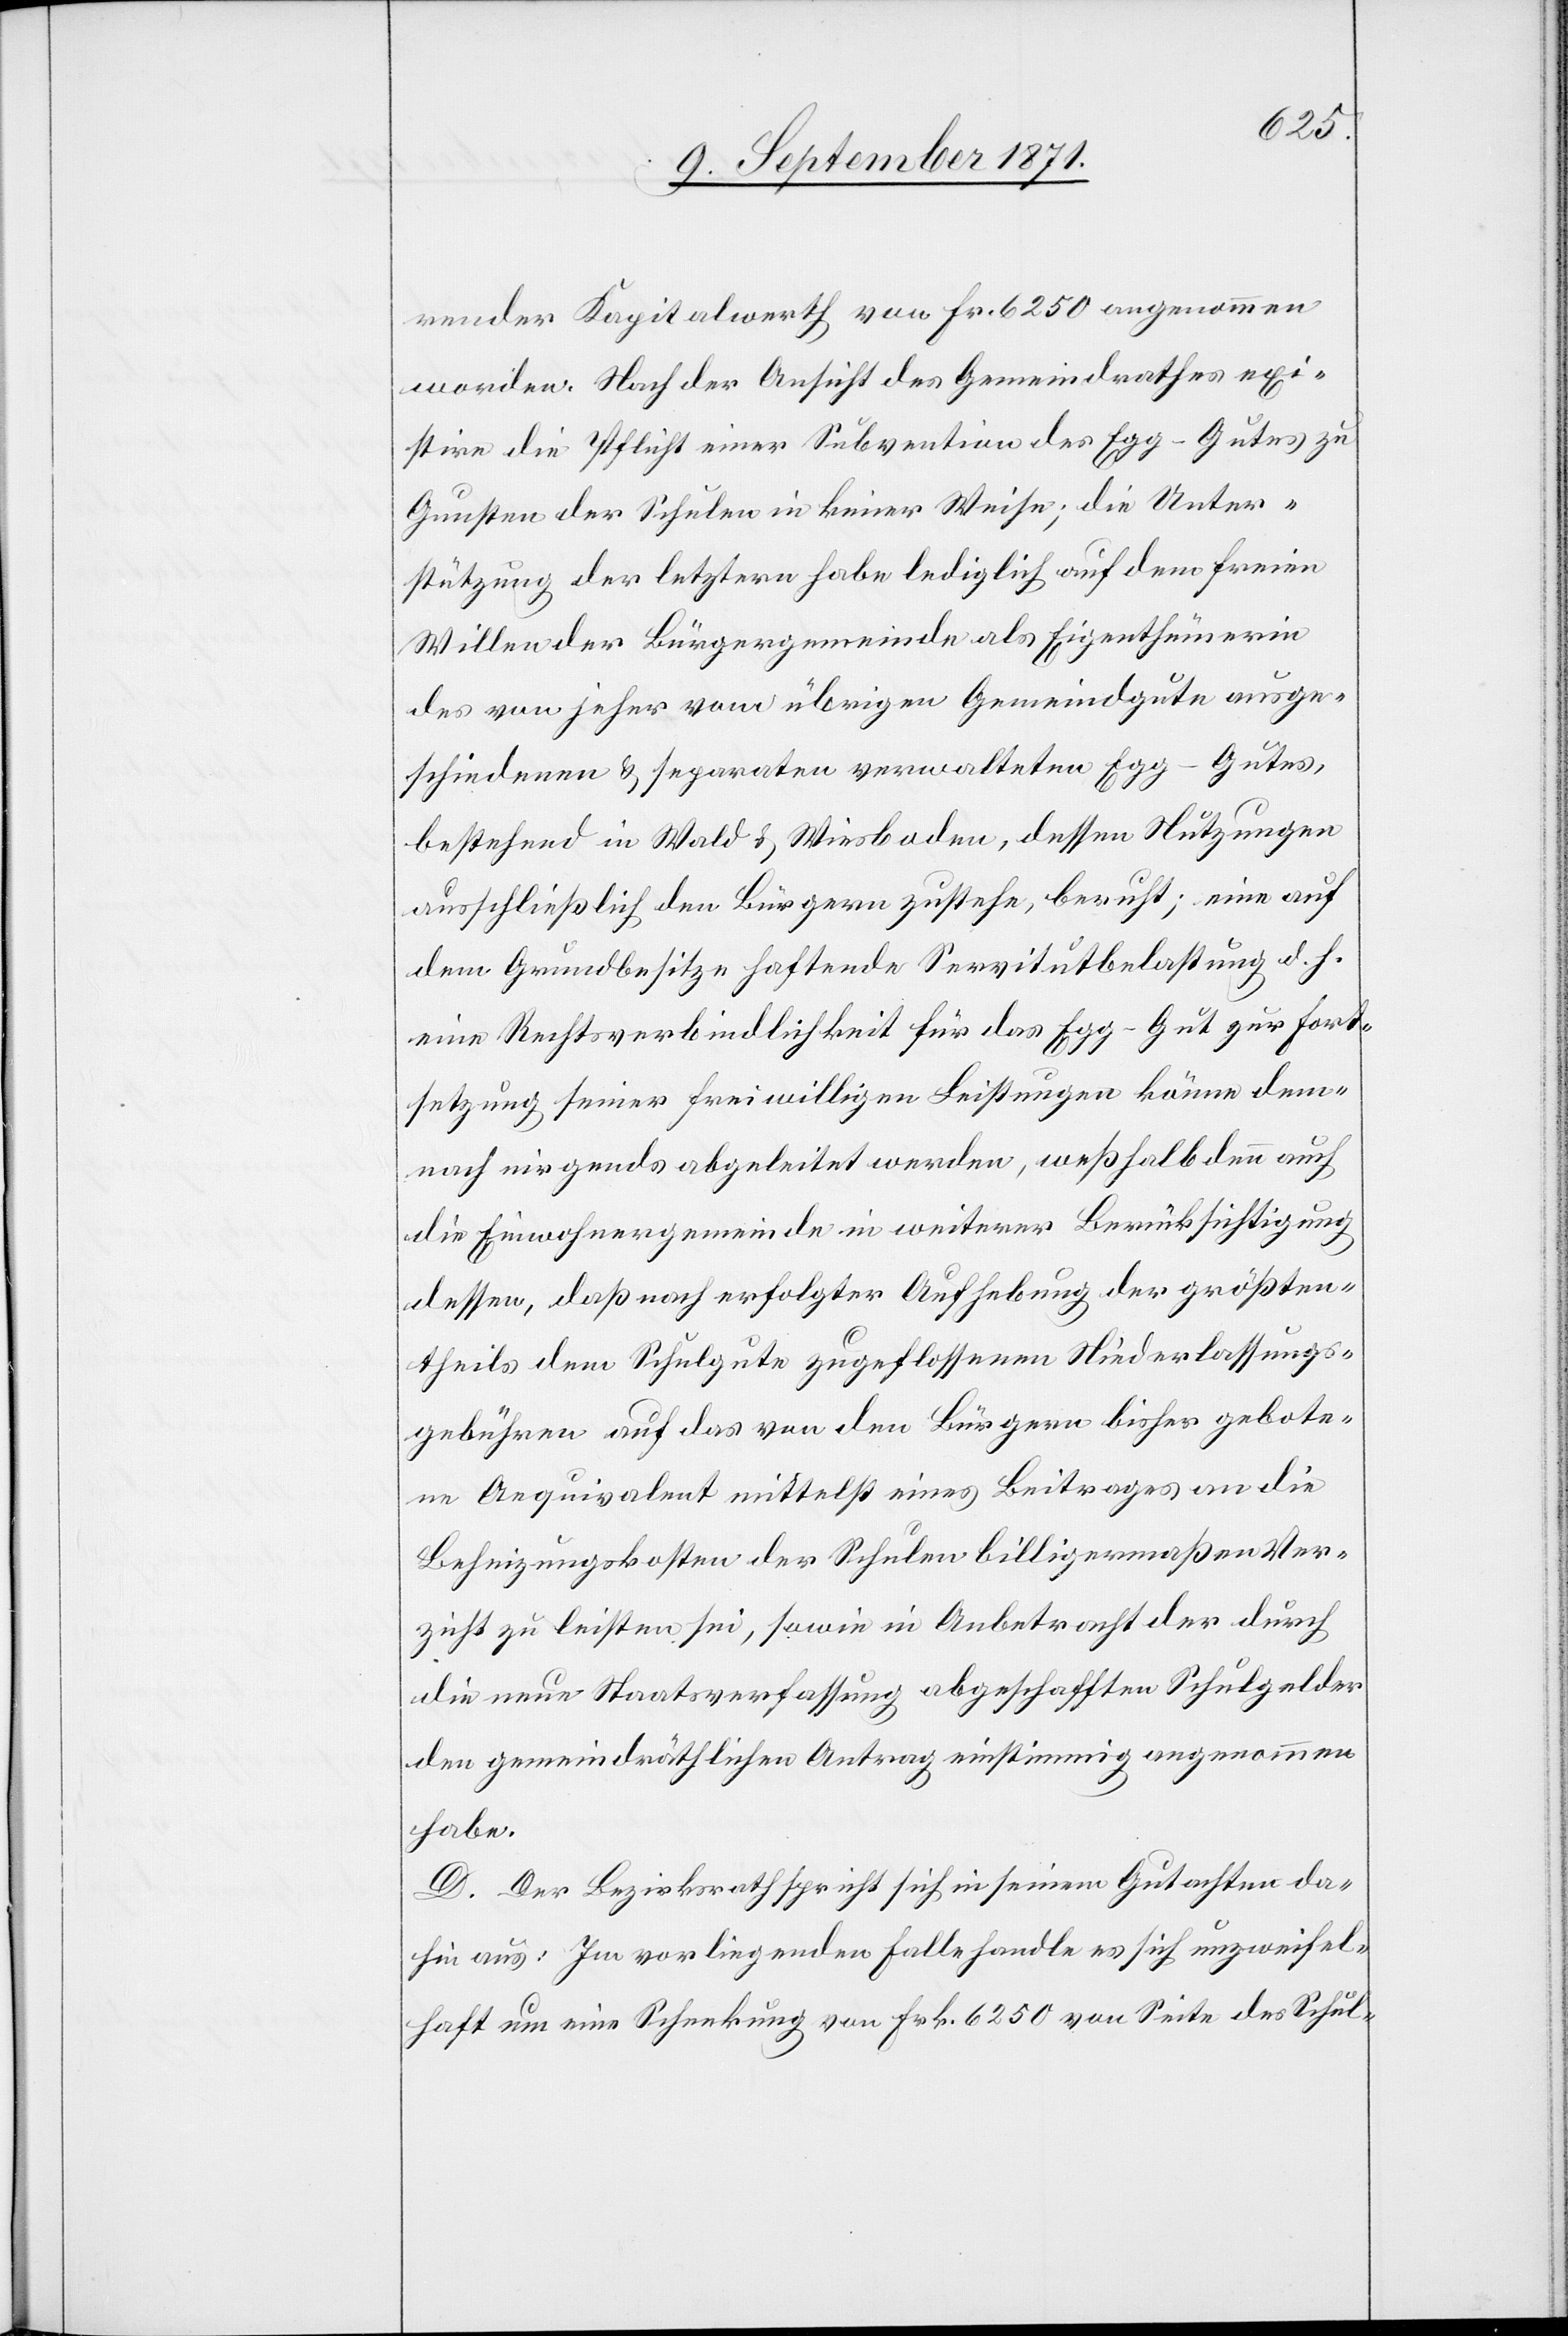
render Kapitalwerth von Fr. 6250 angenommen
worden. Nach der Ansicht des Gemeindrathes exi¬
stire die Pflicht einer Subvention des Egg-Gutes zu
Gunsten der Schulden in keiner Weise; die Unter¬
stützung der letztern habe lediglich auf dem freien
Willen der Bürgergemeinde als Eigenthümerin
des von jeher vom übrigen Gemeindgute ausge¬
schiedenen & separaten verwalteten Egg-Gutes,
bestehend in Wald & Wiesboden, dessen Stützungen
ausschließlich den Bürgern zustehe, beruht; eine auf
dem Grundbesitz haftende Servitutbelastung d. h.
eine Rechtsverbindlichkeit für das Egg-Gut zur Fort¬
setzung seiner freiwilligen Leistungen könne dem¬
nach nirgends abgeleitet werden, weßhalb denn auch
die Einwohnergemeinde in weiterer Berücksichtigung
dessen, daß nach erfolgter Aufhebung der größten¬
theils dem Schulgute zugeflossenen Niederlassungs¬
gebühren auf das von den Bürgern bisher gebote¬
ne Aequivalent mittelst eines Beitrages an die
Beheizungskosten der Schule billigermaßen Ver¬
zicht zu leisten sei, sowie in Anbetracht der durch
die neue Staatsverfassung abgeschafften Schulgelder
den gemeindräthlichen Antrag einstimmig angenommen
habe.
D. Der Bezirksrath spricht sich in seinem Gutachten da¬
hin aus: Im vorliegenden Falle handle es sich unzweifel¬
haft um eine Schenkung von Frk. 6250 von Seite des Schul-